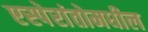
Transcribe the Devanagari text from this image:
एस्पेरांतोमधील